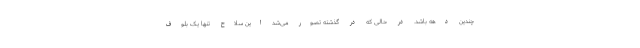
چندین دهه باشد. در حالی که در گذشته تصور می‌شد این سلاح تنها یک بلوف